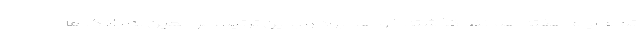
تمام ایام هفته همانند گذشته خواهد بود و بدین ترتیب مراجعین به بانک‌ها